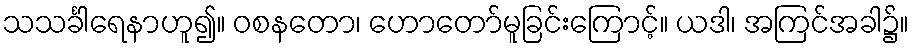
သသင်္ခါရေနာဟူ၍။ ဝစနတော၊ ဟောတော်မူခြင်းကြောင့်။ ယဒါ၊ အကြင်အခါ၌။